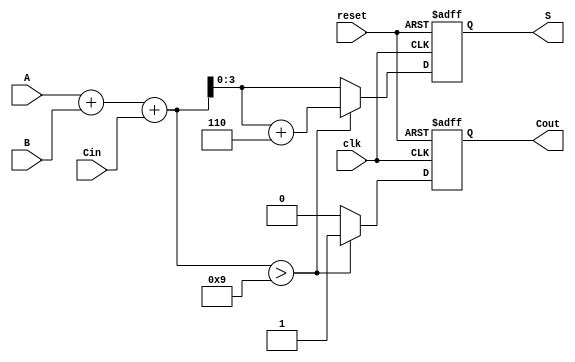
module bcd_sequential_adder (
    input wire clk,         // Clock input
    input wire reset,       // Reset signal
    input wire [3:0] A,     // First BCD digit
    input wire [3:0] B,     // Second BCD digit
    input wire Cin,         // Carry-in signal
    output reg [3:0] S,     // BCD result output
    output reg Cout         // Carry-out signal
);
    
    reg [4:0] Sum;          // 5-bit sum to accommodate carry

    always @(posedge clk or posedge reset) begin
        if (reset) begin
            S <= 4'b0000;  // Initialize output to 0 on reset
            Cout <= 1'b0;  // Initialize carry out to 0
        end else begin
            // Calculate the sum of A, B, and Cin
            Sum = A + B + Cin;

            // Check if the sum exceeds 9
            if (Sum > 9) begin
                Sum = Sum + 5'b00110;  // Adjusting for BCD (adding 6)
                Cout <= 1'b1;          // Set carry out if adjustment was made
            end else begin
                Cout <= 1'b0;          // No carry out
            end
            
            // Assign the lower 4 bits to the result
            S <= Sum[3:0];
        end
    end
    
endmodule